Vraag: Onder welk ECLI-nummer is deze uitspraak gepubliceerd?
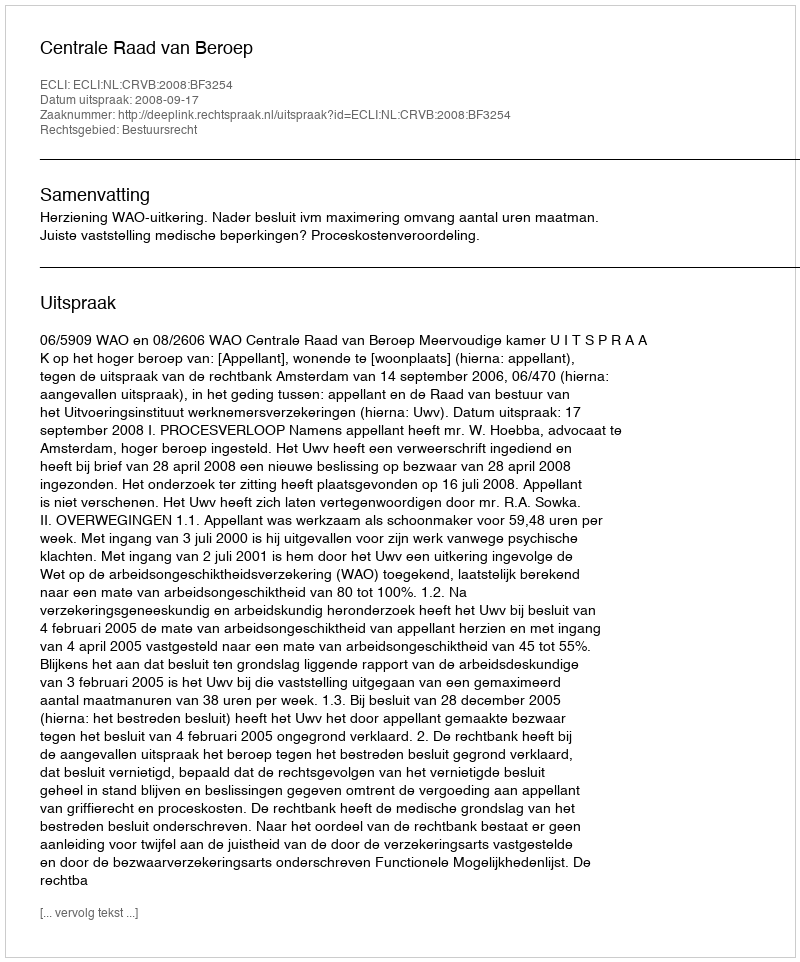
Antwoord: ECLI:NL:CRVB:2008:BF3254